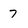
Character: 7